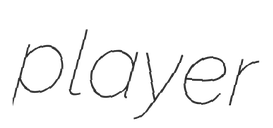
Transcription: player